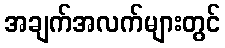
အချက်အလက်များတွင်